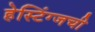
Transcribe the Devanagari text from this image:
हेस्टिंग्जची